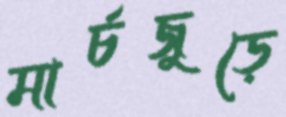
মার্চজুড়ে